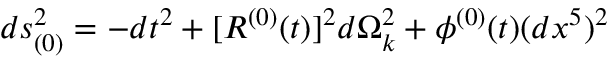
d s _ { ( 0 ) } ^ { 2 } = - d t ^ { 2 } + [ R ^ { ( 0 ) } ( t ) ] ^ { 2 } d \Omega _ { k } ^ { 2 } + \phi ^ { ( 0 ) } ( t ) ( d x ^ { 5 } ) ^ { 2 }